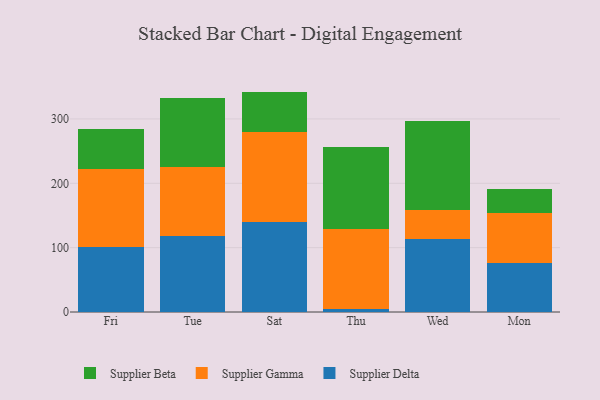
{"axis": {"x": "Day", "y": "Demand Index"}, "legend": ["Supplier Beta", "Supplier Delta", "Supplier Gamma"], "data": [{"x": "Fri", "y": 100.8, "type": "Supplier Delta"}, {"x": "Fri", "y": 120.9, "type": "Supplier Gamma"}, {"x": "Fri", "y": 62.4, "type": "Supplier Beta"}, {"x": "Tue", "y": 117.6, "type": "Supplier Delta"}, {"x": "Tue", "y": 108.4, "type": "Supplier Gamma"}, {"x": "Tue", "y": 106.3, "type": "Supplier Beta"}, {"x": "Sat", "y": 139.6, "type": "Supplier Delta"}, {"x": "Sat", "y": 139.4, "type": "Supplier Gamma"}, {"x": "Sat", "y": 63.5, "type": "Supplier Beta"}, {"x": "Thu", "y": 5.1, "type": "Supplier Delta"}, {"x": "Thu", "y": 124.2, "type": "Supplier Gamma"}, {"x": "Thu", "y": 127.5, "type": "Supplier Beta"}, {"x": "Wed", "y": 113.5, "type": "Supplier Delta"}, {"x": "Wed", "y": 44.8, "type": "Supplier Gamma"}, {"x": "Wed", "y": 138.3, "type": "Supplier Beta"}, {"x": "Mon", "y": 76.9, "type": "Supplier Delta"}, {"x": "Mon", "y": 77.0, "type": "Supplier Gamma"}, {"x": "Mon", "y": 36.5, "type": "Supplier Beta"}]}